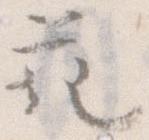
花